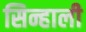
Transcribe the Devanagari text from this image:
सिन्हाली